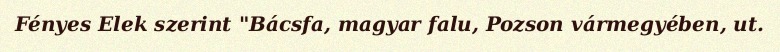
Fényes Elek szerint "Bácsfa, magyar falu, Pozson vármegyében, ut.